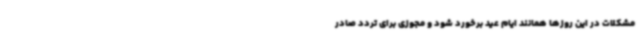
مشکلات در این روزها همانند ایام عید برخورد شود و مجوزی برای تردد صادر